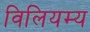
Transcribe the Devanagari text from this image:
विलियम्य